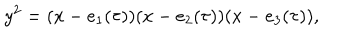
y ^ { 2 } = ( x - e _ { 1 } ( \tau ) ) ( x - e _ { 2 } ( \tau ) ) ( x - e _ { 3 } ( \tau ) ) ,